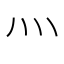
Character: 灬